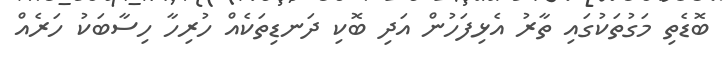
ބޮޑެތި މަގުތަކުގައި ތާރު އެޅިފަހުން އަދި ބޮކި ދަނޑިތަކެއް ހުރިހާ ހިސާބަކު ހަރެއް